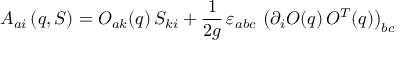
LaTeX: A _ { a i } \left( q , S \right) = O _ { a k } ( q ) \, S _ { k i } + \frac { 1 } { 2 g } \, \varepsilon _ { a b c } \, \left( \partial _ { i } O ( q ) \, O ^ { T } ( q ) \right) _ { b c }